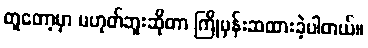
တူတော့မှာ မဟုတ်ဘူးဆိုတာ ကြိုမှန်းဆထားခဲ့ပါတယ်။